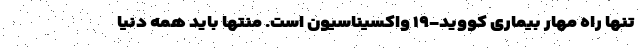
تنها راه مهار بیماری کووید-۱۹ واکسیناسیون است. منتها باید همه دنیا